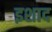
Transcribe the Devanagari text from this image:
इशाद